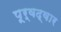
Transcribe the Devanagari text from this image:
पूर्वद्वार